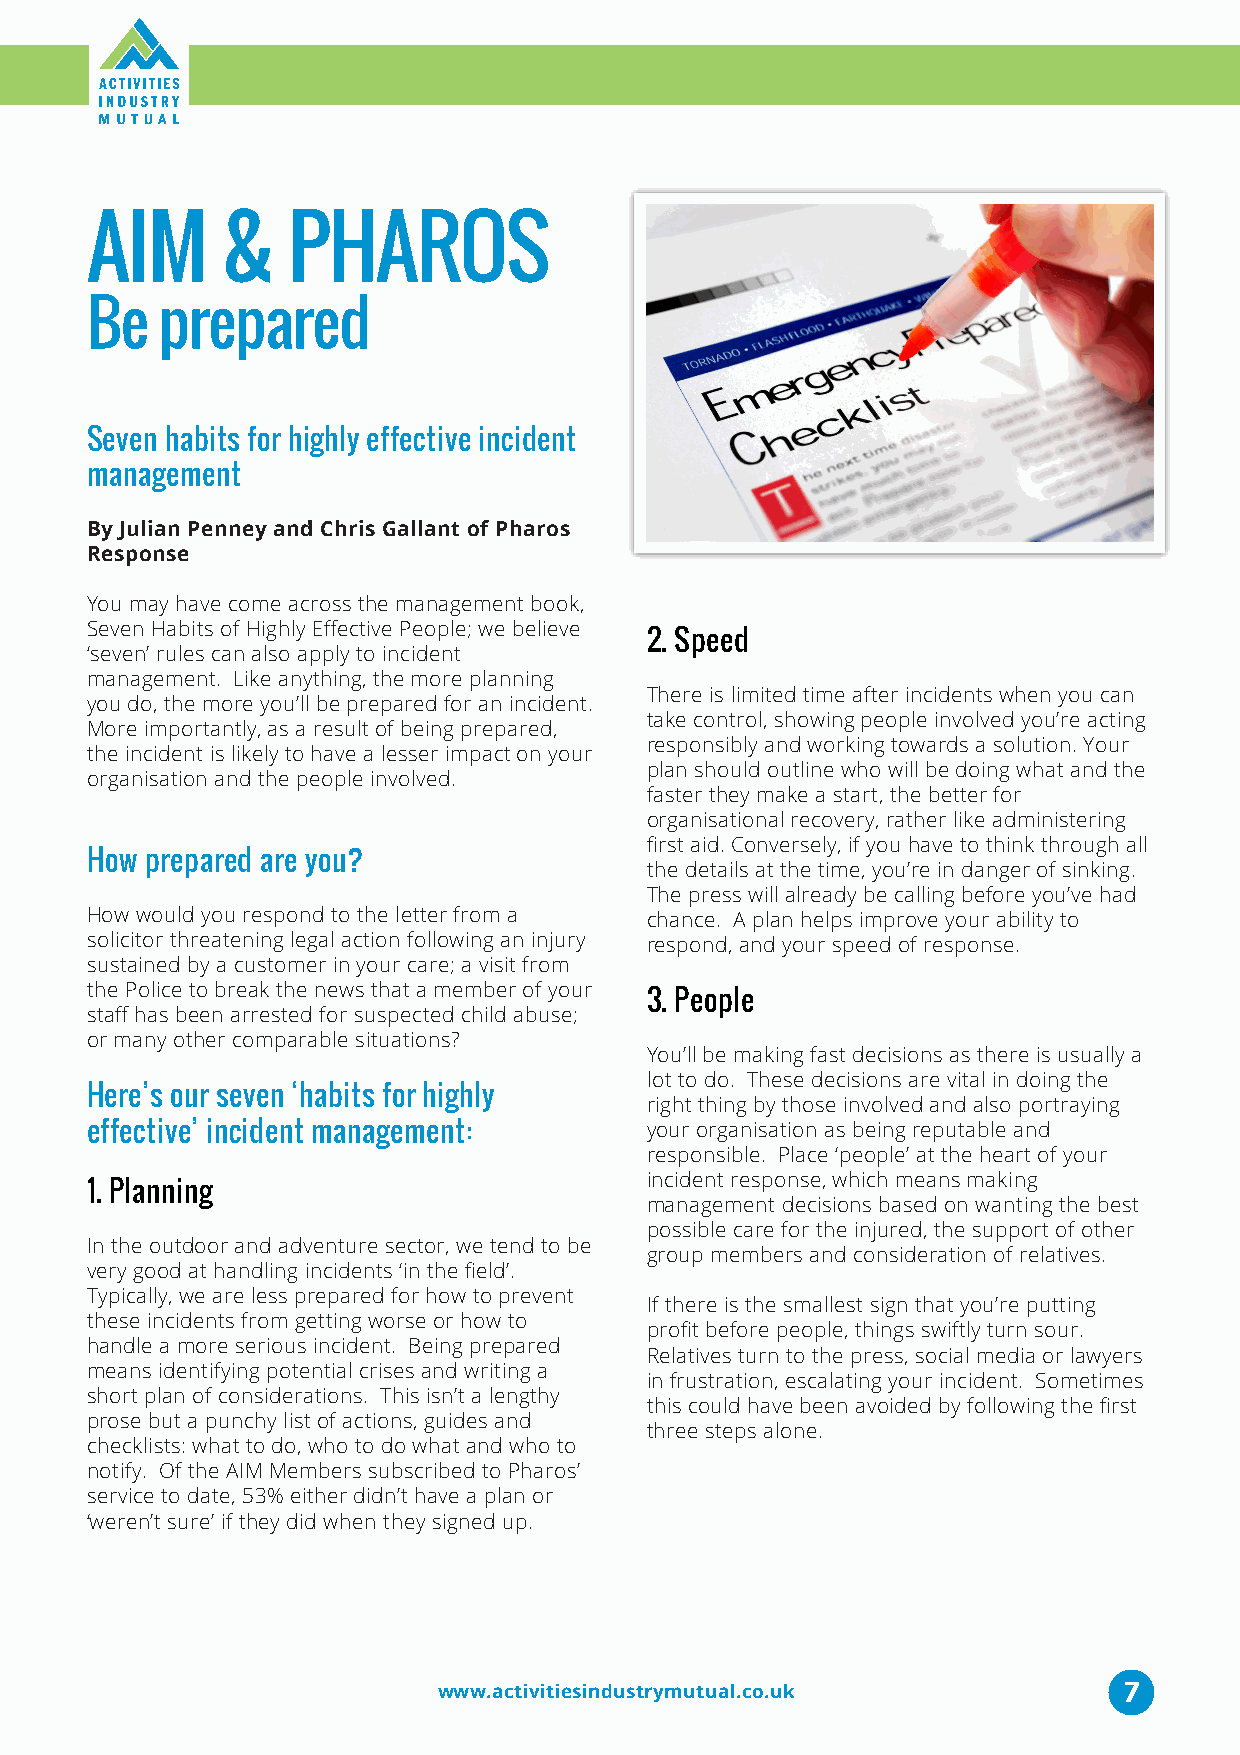
AIM      &   PHAROS
 Be  prepared
 Seven habits for highly effective incident
 management
 By Julian Penney and Chris Gallant of Pharos
 Response
 You may have come across the management book,
 Seven Habits of Highly Effective People; we believe
 2. Speed
 ‘seven’ rules can also apply to incident
 management. Like anything, the more planning
 There is limited time after incidents when you can
 you do, the more you’ll be prepared for an incident.
 take control, showing people involved you’re acting
 More importantly, as a result of being prepared,
 responsibly and working towards a solution. Your
 the incident is likely to have a lesser impact on your
 plan should outline who will be doing what and the
 organisation and the people involved.
 faster they make a start, the better for
 organisational recovery, rather like administering
 first aid. Conversely, if you have to think through all
 How prepared are you?
 the details at the time, you’re in danger of sinking.
 The press will already be calling before you’ve had
 How would you respond to the letter from a chance. A plan helps improve your ability to
 solicitor threatening legal action following an injury respond, and your speed of response.
 sustained by a customer in your care; a visit from
 the Police to break the news that a member of your
 3. People
 staff has been arrested for suspected child abuse;
 or many other comparable situations?
 You’ll be making fast decisions as there is usually a
 lot to do. These decisions are vital in doing the
 Here’s our seven ‘habits for highly
 right thing by those involved and also portraying
 effective’ incident management:      your organisation as being reputable and
 responsible. Place ‘people’ at the heart of your
 incident response, which means making
 1. Planning
 management decisions based on wanting the best
 possible care for the injured, the support of other
 In the outdoor and adventure sector, we tend to be
 group members and consideration of relatives.
 very good at handling incidents ‘in the field’.
 Typically, we are less prepared for how to prevent
 If there is the smallest sign that you’re putting
 these incidents from getting worse or how to
 profit before people, things swiftly turn sour.
 handle a more serious incident. Being prepared
 Relatives turn to the press, social media or lawyers
 means identifying potential crises and writing a
 in frustration, escalating your incident. Sometimes
 short plan of considerations. This isn’t a lengthy
 this could have been avoided by following the first
 prose but a punchy list of actions, guides and
 three steps alone.
 checklists: what to do, who to do what and who to
 notify. Of the AIM Members subscribed to Pharos’
 service to date, 53% either didn’t have a plan or
 ‘weren’t sure’ if they did when they signed up.
 7
 www.activitiesindustrymutual.co.uk